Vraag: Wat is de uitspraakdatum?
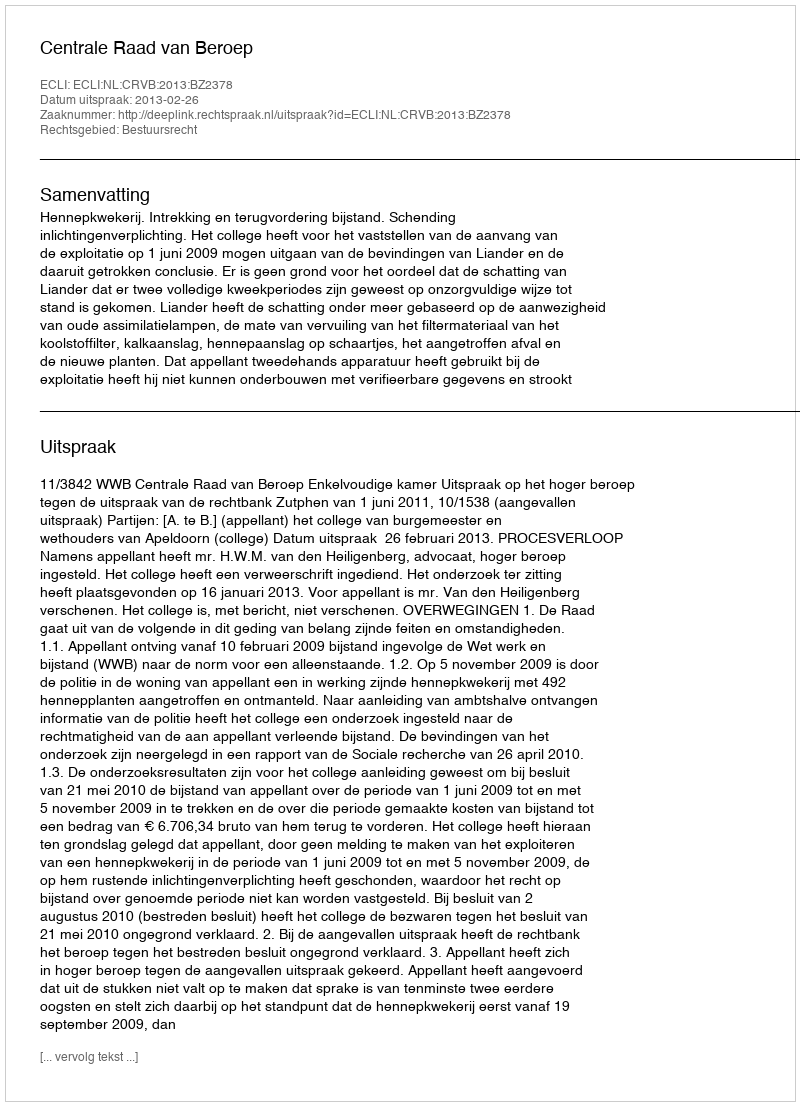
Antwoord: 2013-02-26